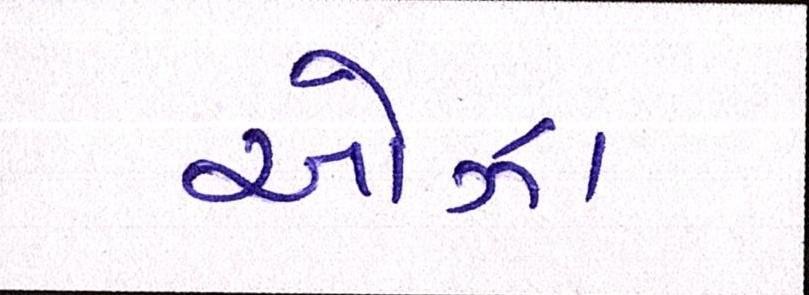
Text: ઓઝા